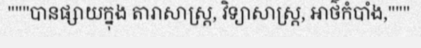
"""បានផ្សាយក្នុង តារាសាស្ត្រ, វិទ្យាសាស្ត្រ, អាថ៌កំបាំង,"""